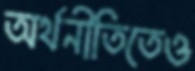
অর্থনীতিতেও